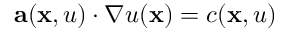
\mathbf { a } ( \mathbf { x } , u ) \cdot \nabla u ( \mathbf { x } ) = c ( \mathbf { x } , u )